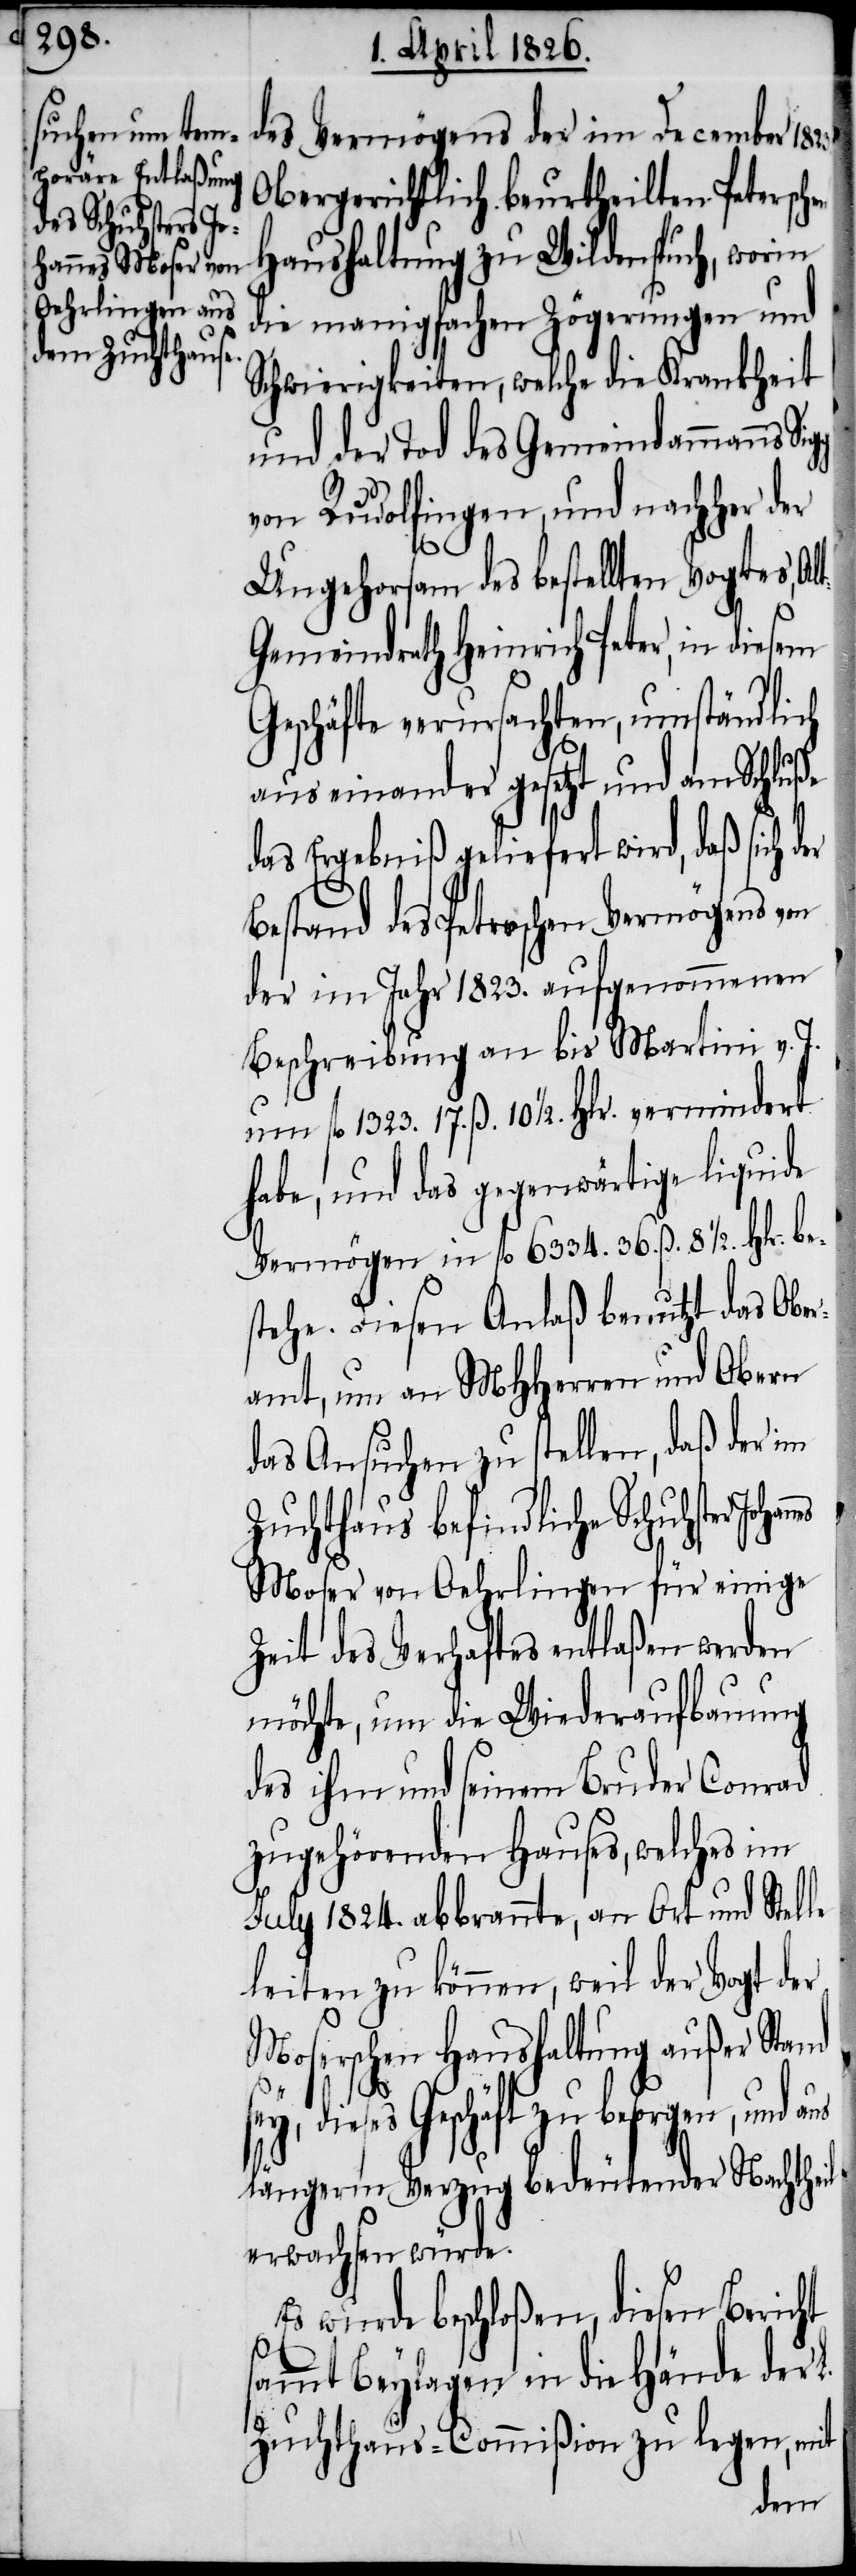
des Vermögens der im December
Obergerichtlich beurtheilten Petersch¬
Haushaltung zu Wildenspruch, worin
die manigfachen Zögerungen und
Schwierigkeiten, welche die Krankheit
und der Tod des Gemeindammanns
von Rudolfingen, und nachher der
Ungehorsam des bestellten Vogtes, Al¬
t-Gemeindrath Heinrich Peter, in diesem
Geschäfte verursachten, umständlich
auseinander gesetzt und am Schluße
das Ergebniß geliefert wird, daß sich der
Bestand des Peterschen Vermögens von
der im Jahr 1823. aufgenommenen
Beschreibung an bis Martini v. J.
um fl. 1323. 17. ß. 10 1/2. Hlr. vermindert
habe, und das gegenwärtige liquide
Vermögen in fl. 6334. 36. ß. 8 1/2. Hlr. be¬
stehe. Diesen Anlaß benutzt das Ober¬
amt, um an MHHerren und Obern
das Ansuchen zu stellen, daß der im
Zuchthaus befindliche Schuhster
Moser von Oehrlingen für einige
Zeit des Verhaftes entlaßen werden
möchte, um die Wiederaufbauung
des ihm und seinem Bruder Conrad
zugehörenden Hauses, welches im
July 1824. abbrannte, an Ort und Stelle
leiten zu können, weil der Vogt der
Moserschen Haushaltung außer Stand
dieses Geschäft zu besorgen, und
längerm Verzug bedeutender Nachtheil
erwachsen würde.
Es wurde beschloßen, diesen Bericht
sammt Beylagen in die Hände der
Zuchthaus-Commißion zu legen, mit
en